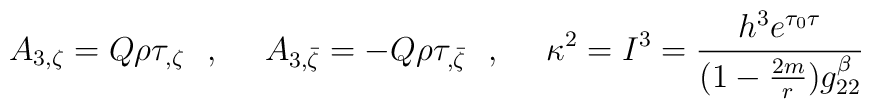
A_{3,\zeta}=Q\rho\tau_{,\zeta}\ \ ,\ \ \ \ A_{3,\bar {\zeta}}=-Q\rho\tau_{,\bar {\zeta}}\ \ ,\ \ \ \ \kappa^2=I^3={h^3e^{\tau_0\tau}\over(1-{2m\over r})g_{22}^{\beta}}